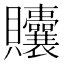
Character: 𬥲